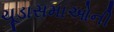
ચૂડાસમાઓની